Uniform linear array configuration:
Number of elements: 12
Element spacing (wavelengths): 0.5
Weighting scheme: kaiser
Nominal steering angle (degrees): -60
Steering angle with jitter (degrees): -59.294
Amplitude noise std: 0.05
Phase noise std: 0.05

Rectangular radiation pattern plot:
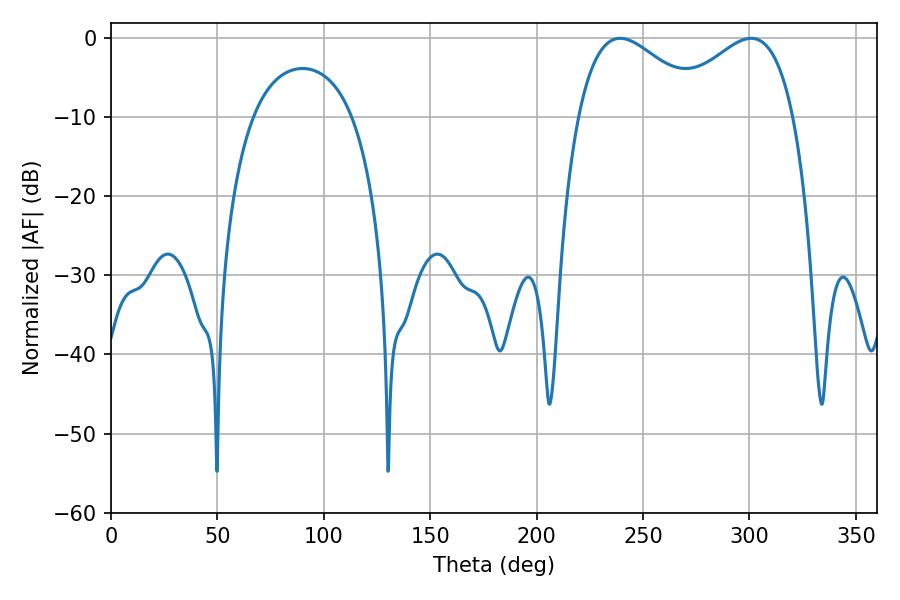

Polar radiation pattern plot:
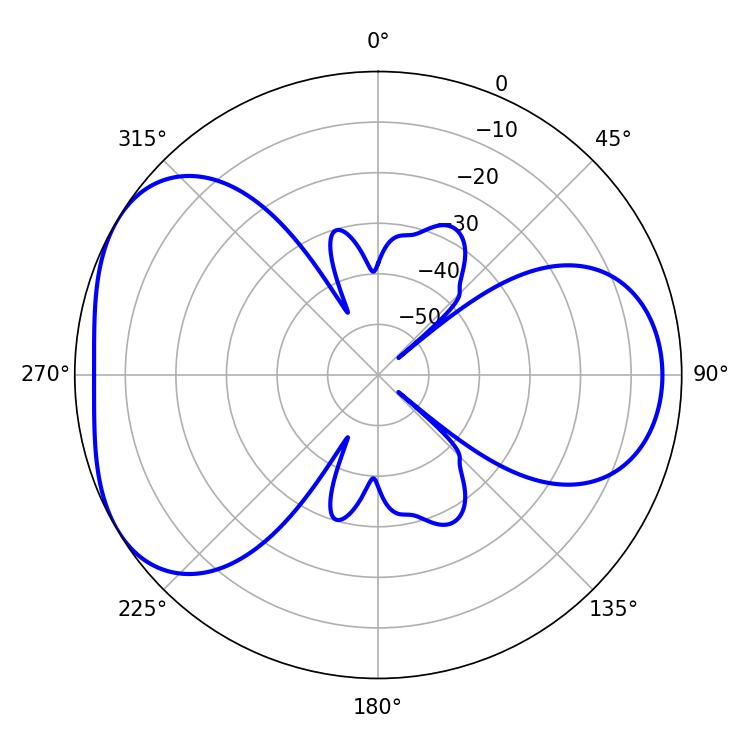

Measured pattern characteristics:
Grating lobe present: FALSE
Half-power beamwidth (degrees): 32.58
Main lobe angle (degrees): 239.22